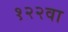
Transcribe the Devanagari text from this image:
१२२वा